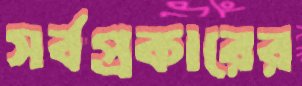
সর্বপ্রকারের